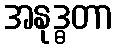
အနုဒ္ဓတာ